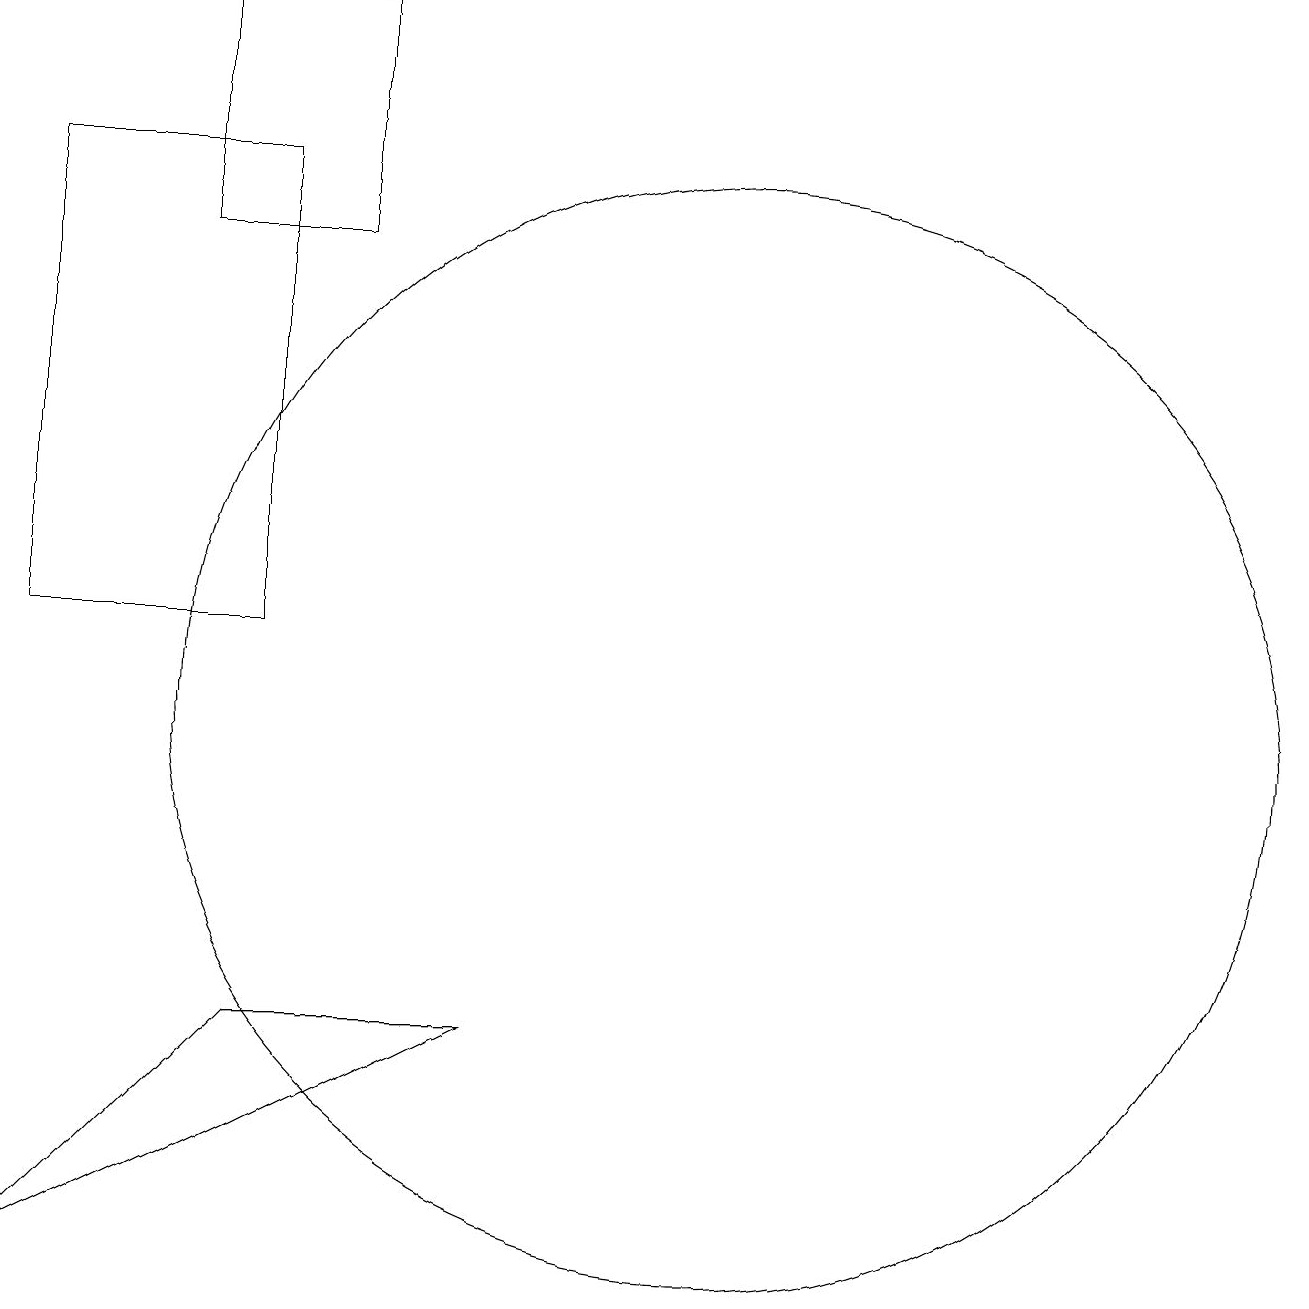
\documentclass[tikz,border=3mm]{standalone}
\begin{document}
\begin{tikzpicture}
\draw (4,19) rectangle (6,16);
\draw (2,17) rectangle (5,11);
\draw (8,6) -- (5,6) -- (2,3) -- cycle;
\draw (11,10) circle (7);
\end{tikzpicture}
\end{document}